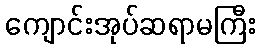
ကျောင်းအုပ်ဆရာမကြီး